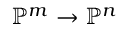
\mathbb { P } ^ { m } \to \mathbb { P } ^ { n }